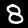
Digit: 8